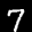
Label: 7